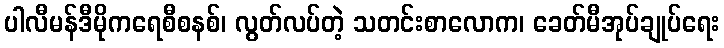
ပါလီမန်ဒီမိုကရေစီစနစ်၊ လွတ်လပ်တဲ့ သတင်းစာလောက၊ ခေတ်မီအုပ်ချုပ်ရေး